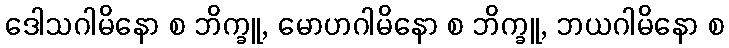
ဒေါသဂါမိနော စ ဘိက္ခူ, မောဟဂါမိနော စ ဘိက္ခူ, ဘယဂါမိနော စ